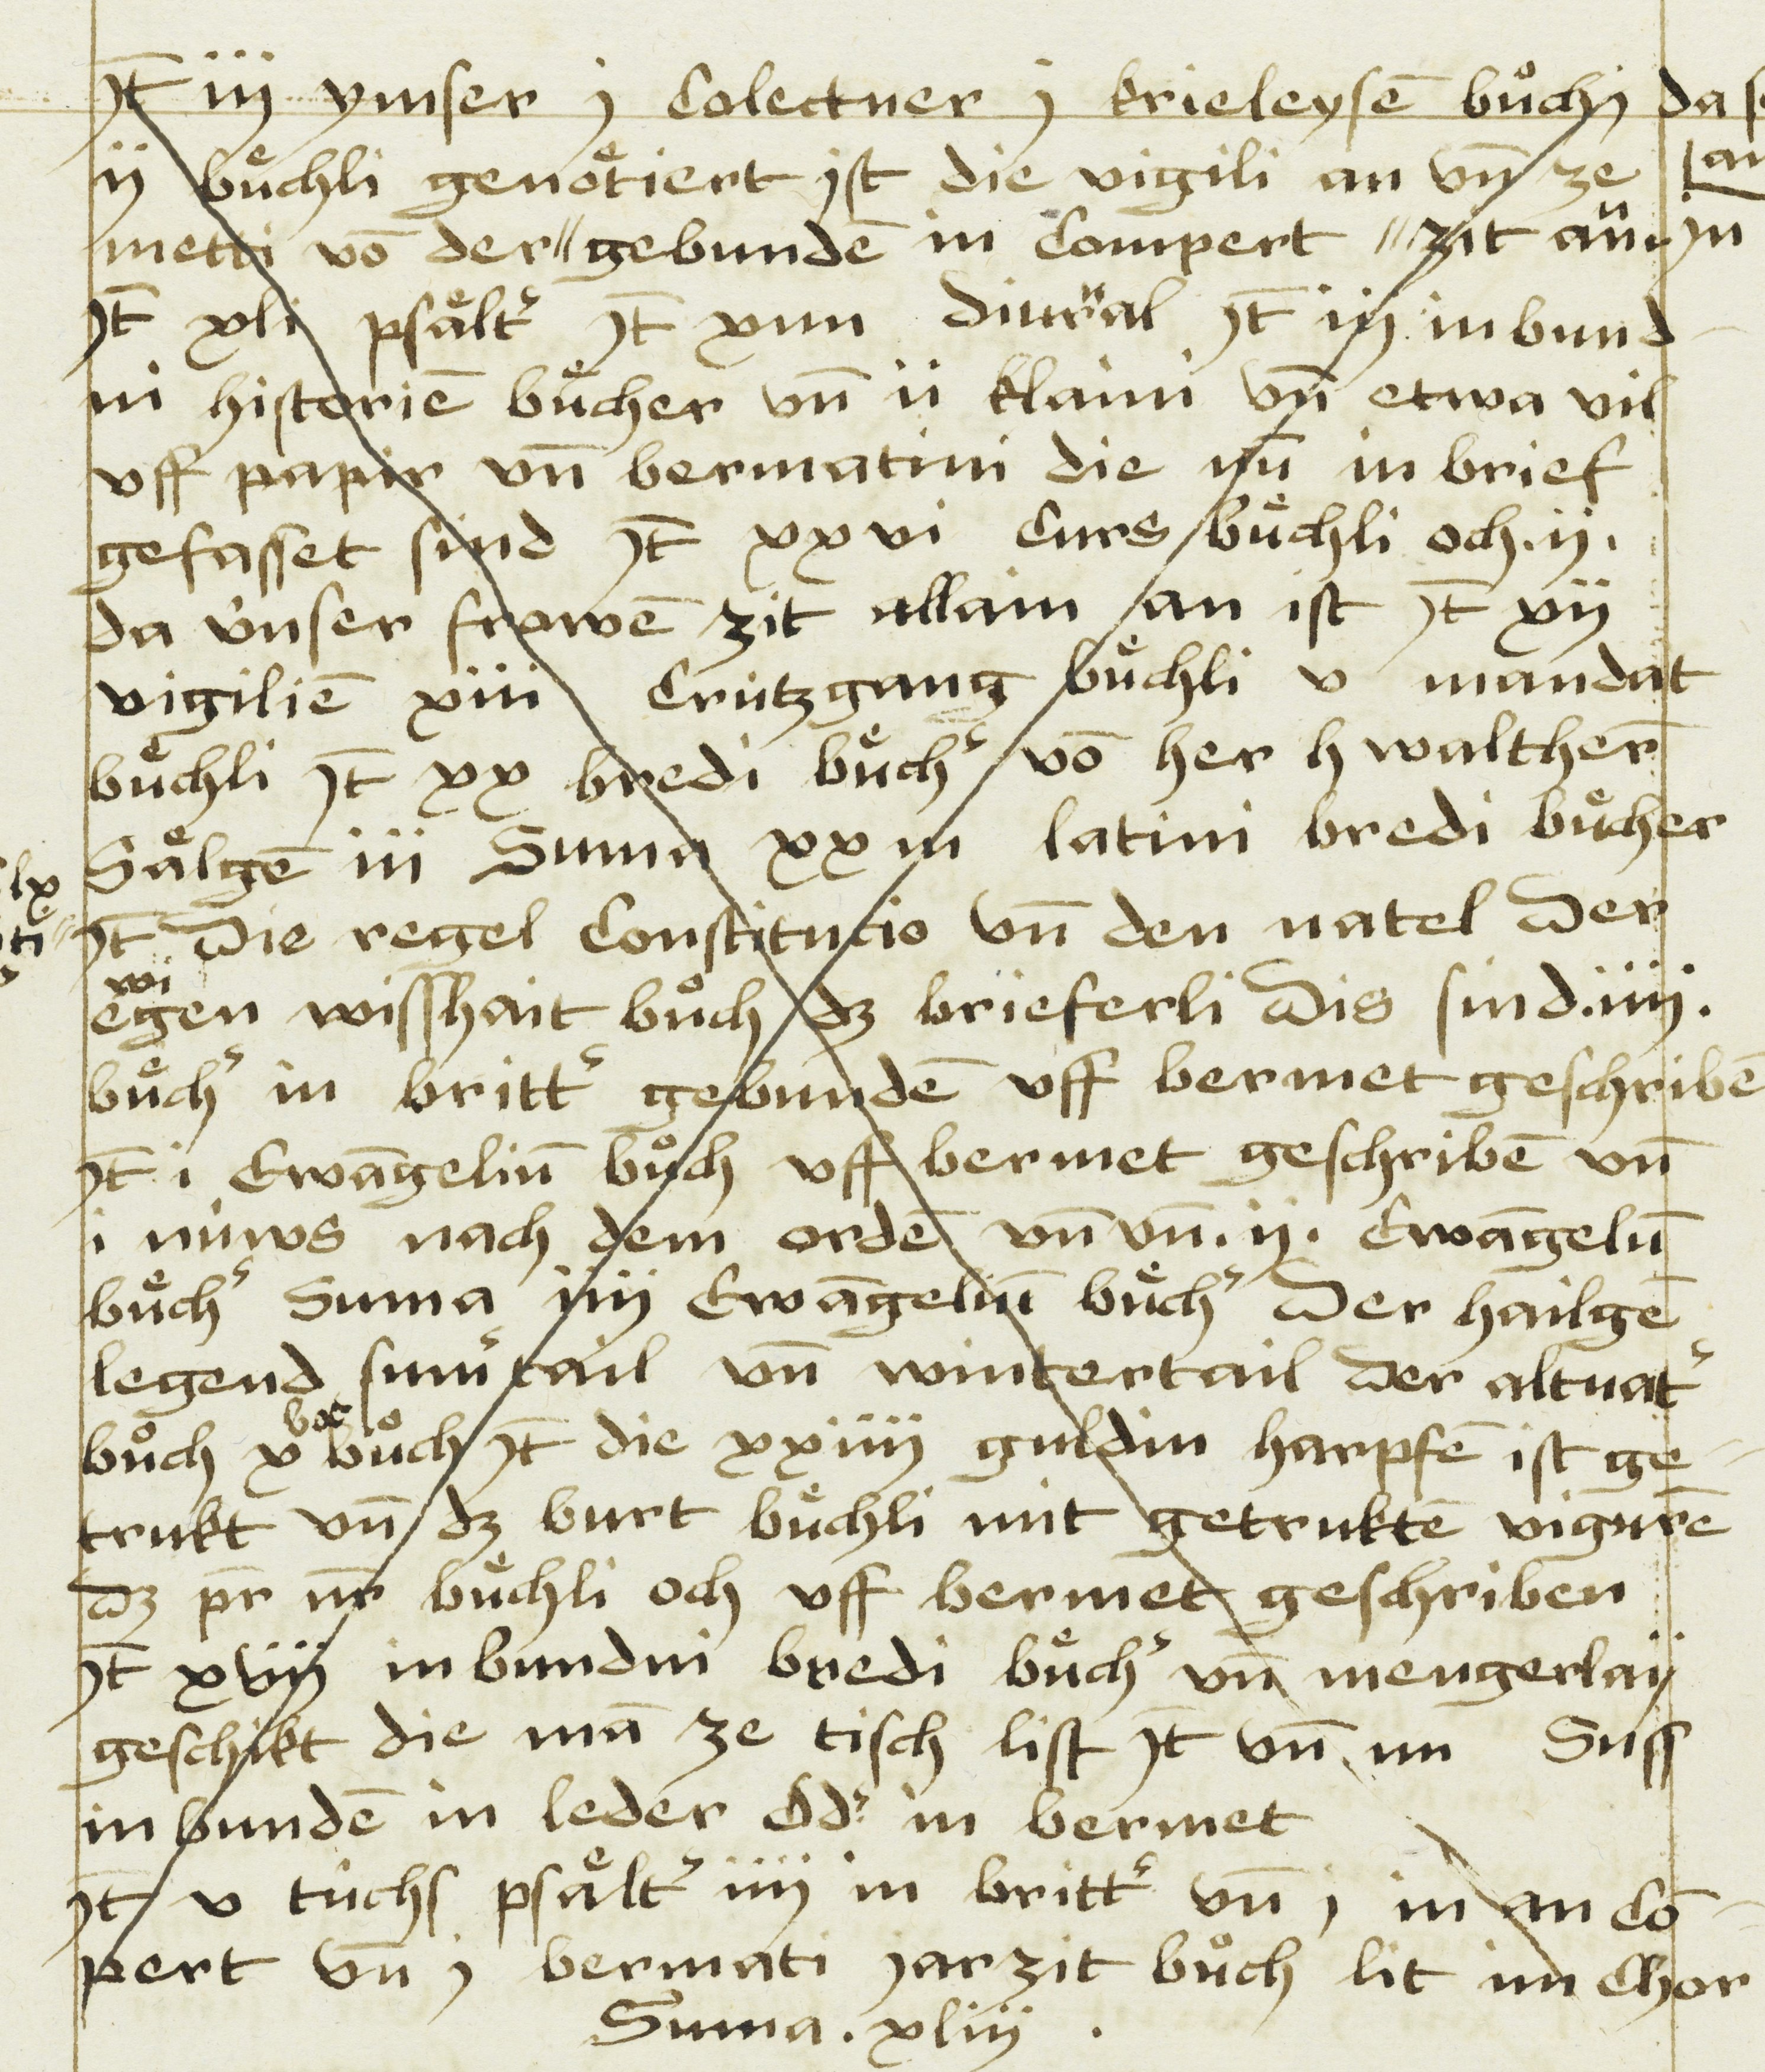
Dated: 1481–1528